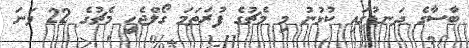
ބާސާގެ ދަނޑުގައި ކުޅުނު މި މެޗުގެ ފުރަތަމަ ގޯލްޖެހީ މެޗުގެ 22 ވަނަ